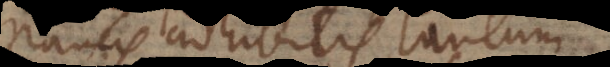
Paucis adhibitis tantum